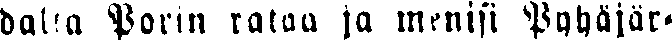
dalta Porin rataa ja menisi Pyhäjär-